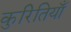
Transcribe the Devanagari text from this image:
कुरितियाँ